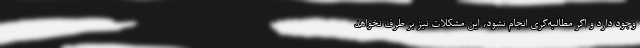
وجود دارد و اگر مطالبه‌گری انجام نشود، این مشکلات نیز بر طرف نخواهد